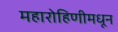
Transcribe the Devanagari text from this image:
महारोहिणीमधून